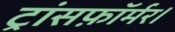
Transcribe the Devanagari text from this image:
ट्रांसफ़ॉर्मर।